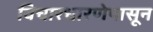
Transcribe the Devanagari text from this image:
विचारधारणेपासून